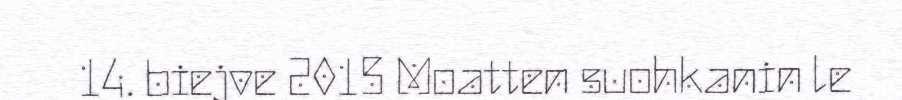
14. biejve 2015 Moatten suohkanin le